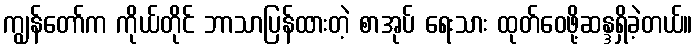
ကျွန်တော်က ကိုယ်တိုင် ဘာသာပြန်ထားတဲ့ စာအုပ် ရေးသား ထုတ်ဝေဖို့ဆန္ဒရှိခဲ့တယ်။